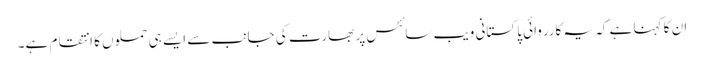
ان کا کہنا ہے کہ یہ کارروائی پاکستانی ویب سائٹس پر بھارت کی جانب سے ایسے ہی حملوں کا انتقام ہے۔